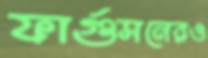
ফার্গুসনেরও